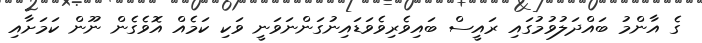
ގެ އާންމު ބައްދަލުވުމުގައި ރައީސް ބައިވެރިވެވަޑައިނުގަންނަވަނީ ވަކި ކަމެއް އޮވެގެން ނޫން ކަމަށާއި